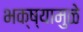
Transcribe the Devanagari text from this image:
भक्ष्यामुळे